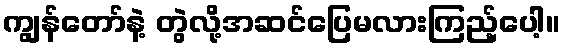
ကျွန်တော်နဲ့ တွဲလို့အဆင်ပြေမလားကြည့်ပေါ့။